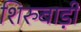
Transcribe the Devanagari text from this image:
शिरुबाड़ी